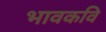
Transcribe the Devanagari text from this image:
भावकवि